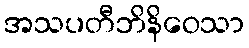
အသပတီဘိနိဝေသာ